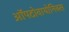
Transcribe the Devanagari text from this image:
ऑपटोवायोनिक्स